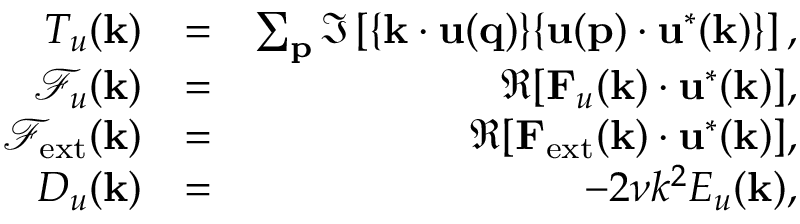
\begin{array} { r l r } { T _ { u } ( { \bf k } ) } & { = } & { \sum _ { \bf p } \Im \left[ { \bf \{ k \cdot u ( q ) \} \{ u ( p ) \cdot u ^ { * } ( k ) \} } \right] , } \\ { \mathcal { F } _ { u } ( { \bf k } ) } & { = } & { \Re [ { \bf F } _ { u } ( { \bf k } ) \cdot { \bf u } ^ { * } ( { \bf k } ) ] , } \\ { \mathcal { F } _ { \mathrm { e x t } } ( { \bf k } ) } & { = } & { \Re [ { \bf F } _ { \mathrm { e x t } } ( { \bf k } ) \cdot { \bf u } ^ { * } ( { \bf k } ) ] , } \\ { D _ { u } ( \mathbf { k } ) } & { = } & { - 2 \nu k ^ { 2 } E _ { u } ( { \bf k } ) , } \end{array}